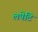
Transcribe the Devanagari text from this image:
लपेटि